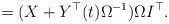
LaTeX: \begin{align*}=(X+Y^{\top}(t)\Omega^{-1})\Omega I^{\top}.\end{align*}